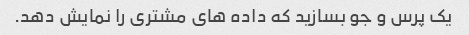
یک پرس و جو بسازید که داده های مشتری را نمایش دهد.